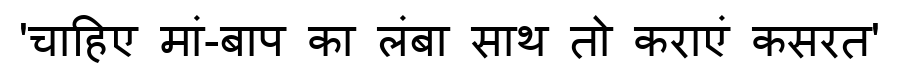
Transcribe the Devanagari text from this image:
'चाहिए मां-बाप का लंबा साथ तो कराएं कसरत'